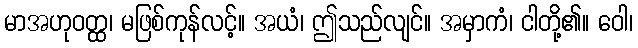
မာအဟုဝတ္ထ၊ မဖြစ်ကုန်လင့်။ အယံ၊ ဤသည်လျင်။ အမှာကံ၊ ငါတို့၏။ ဝေါ၊